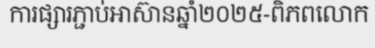
ការផ្សារភ្ជាប់អាស៊ានឆ្នាំ២០២៥-ពិភពលោក